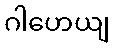
ဂါဟေယျ